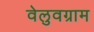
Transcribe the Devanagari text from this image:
वेलुवग्राम